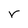
Character: r